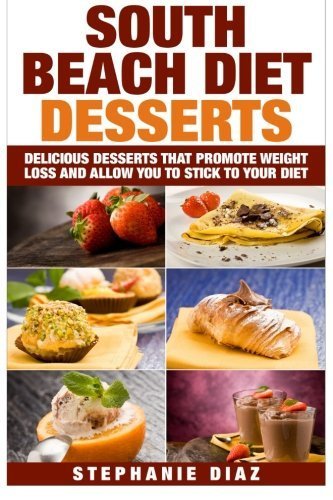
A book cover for South Beach Diet Desserts: Delicious Desserts That Promote Weight Loss and Allow You To Stick To Your Diet by Diaz, Stephanie (2015) [Paperback]; Health, Fitness & Dieting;